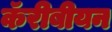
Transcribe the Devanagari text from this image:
कॅरीबीयन